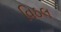
વિઠલ